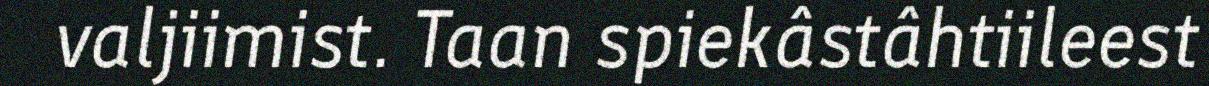
valjiimist. Taan spiekâstâhtiileest